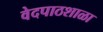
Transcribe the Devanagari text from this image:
वेदपाठशाळा